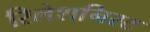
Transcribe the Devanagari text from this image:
रिलेशनिस्ट